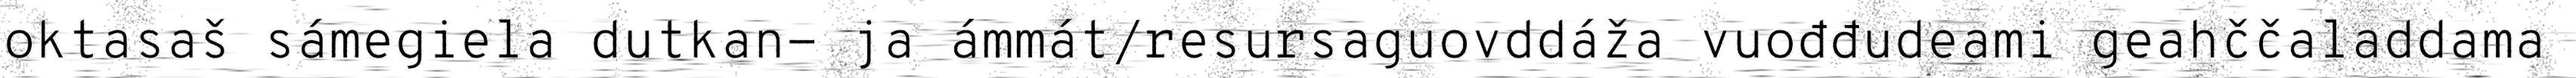
oktasaš sámegiela dutkan- ja ámmát/resursaguovddáža vuođđudeami geahččaladdama